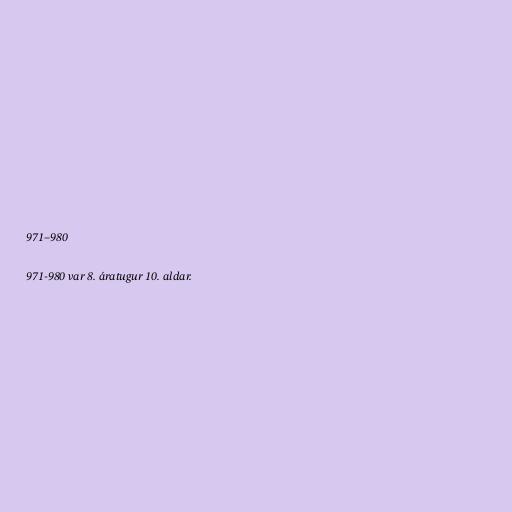
971–980

971-980 var 8. áratugur 10. aldar.